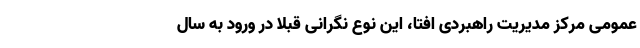
عمومی مرکز مدیریت راهبردی افتا، این نوع نگرانی قبلا در ورود به سال